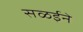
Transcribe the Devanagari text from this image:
सळईने